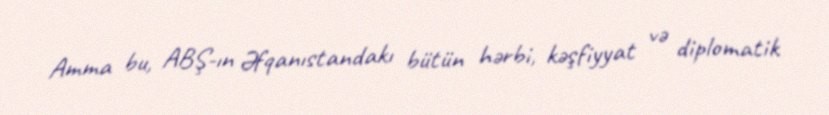
Amma bu, ABŞ-ın Əfqanıstandakı bütün hərbi, kəşfiyyat və diplomatik